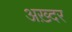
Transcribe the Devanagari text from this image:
अख़्दर